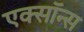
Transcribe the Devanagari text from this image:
एक्सॉन्स